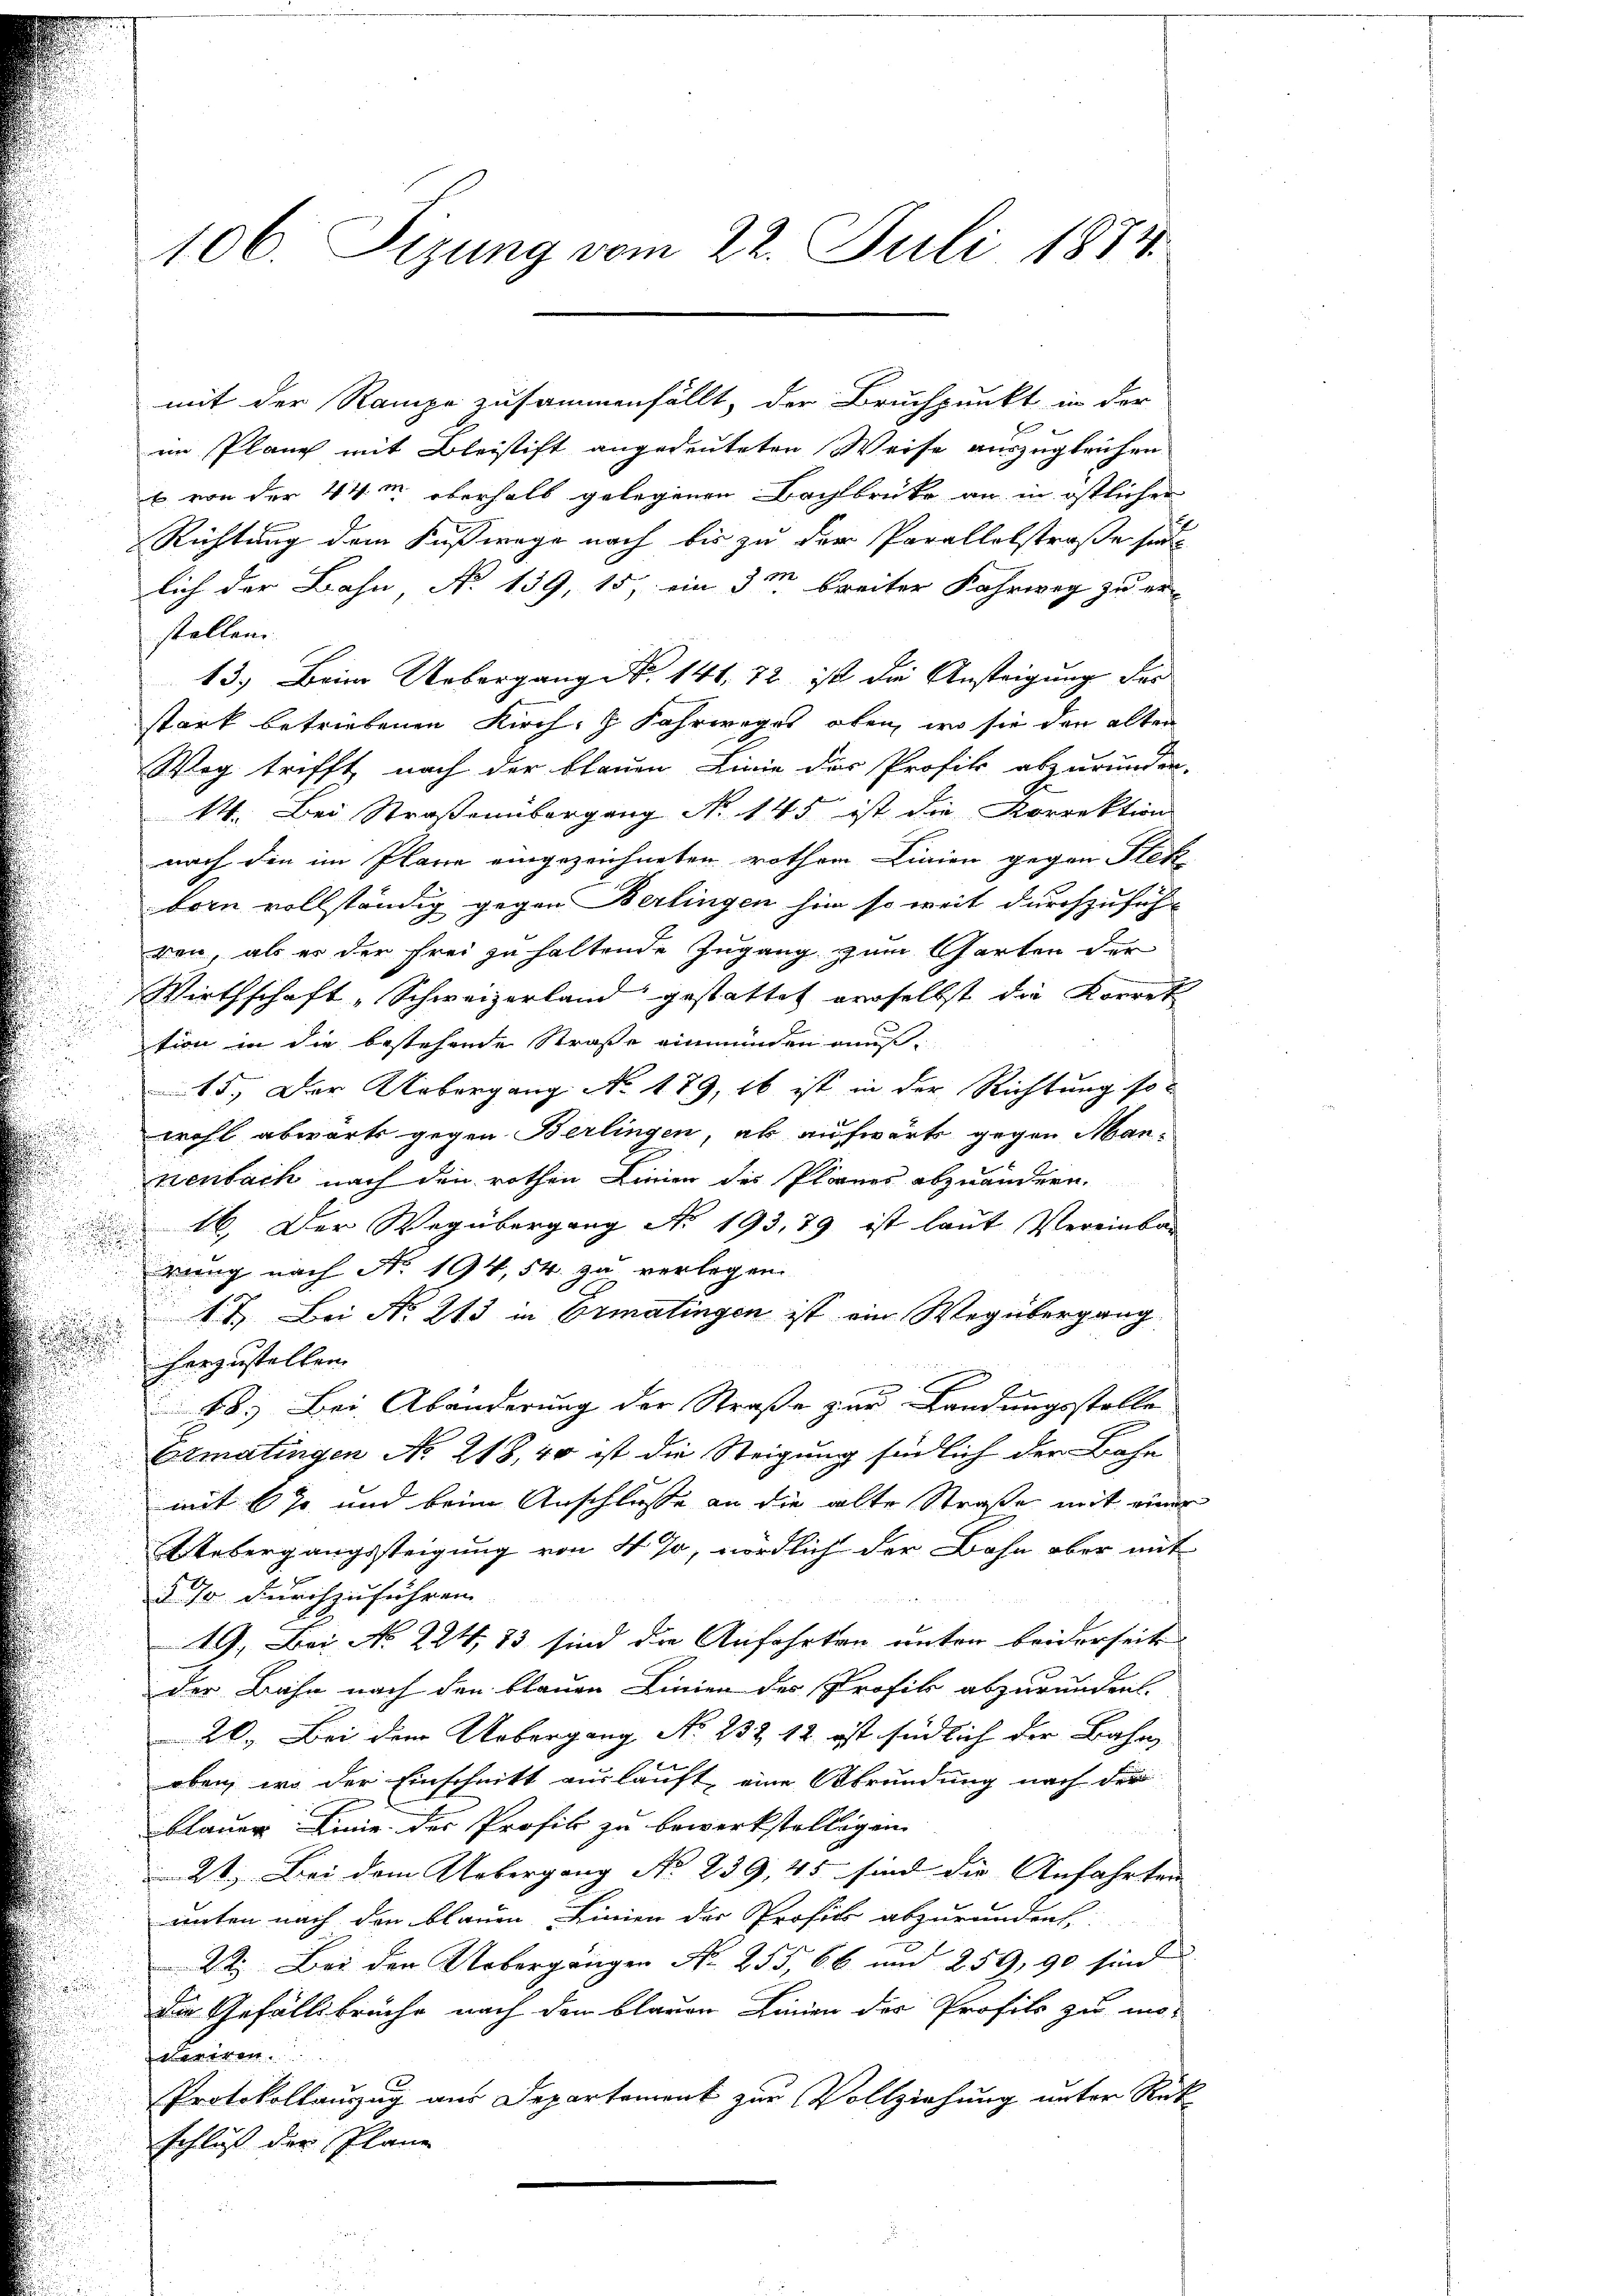
mit der Rampe zusammenfällt, der Bruchpunkt in der
E
im Planz mit Bleistift angedeuteten Weise auszugleichen.
b. von der 44m überhalb gelegenen Bachbrücke an in östlichen
Richtung dem Fußwege nach bis zu der Parallelstraße sei
lich der Bahn, No 139, 15, ein 3 m breiter Fahrweg zu er-
stellen.
13.) Beim Uebergang No 141, 72 ist die Ansteigung der
stark betriebenen Kirch, z. Fahrweges oben, wo sie den alten
Weg trifft, nach der blauen Linie der Profik abzurunden.
14. Bei Straßenübergang No 145 ist die Korrektion
nach die im Plane eingezeichneten rothen Linien gegen Flek-
born vollständig gegen Berlingen hier so weit durchzuführ
ren, als es der frei zu haltende Zugang zum Garten der
Wirthschaft „Schweizerland gestattet derselbst die Korrek
tion in die bestehende Straße einmünden muß¬
15. Der Uebergang No. 179, 16 ist in der Richtung so
wohl abwärts gegen Berlingen, ab aufwärts gegen Man-
nenbach nach den rothen Linien des Planes abzuändern.
16. Der Wegübergang No 193, 39 ist laut Vereinbau
.
rung nach No. 194, 54. zu verlegen.
1 J. Bei No 213 in Ermatingen ist ein Wegübergang
herzustellen.
.
18.) Bei Abänderung der Straße zur Landungsstelle
Ermatingen No 218, 40 ist die Steigung südlich der Bahn
mit 6 % und beim Anschlusse an die alte Straße mit einer
Uebergangssteigung von 4 %, nördlich der Bahn aber mit
§ 70 durchzuführen.
49. Bei No 224, 13 sind die Anfahrten unter beiderseits
der Bahn nach den blauen Linien des Profik abzurunden.
20. Bei dem Uebergang No. 232 12 ist südlich der Bahn,
oben, wo der Einschnitt auslauft, eine Abründung nach der
blauer Linie des Profik zu bewerkstelligen
21.) Bei dem Uebergang No. 239, 45 sind die Anfahrten |
unten nach den blauen Linien der Profik abzurundent
22. Bei den Uebergangen Nr. 255, 66 und 259, 90 sind
die Gefällsbrüche nach dem blauen Linien der Profils zu mo-
eriren.
Protokollanzug aus Departement zur Vollziehung unter Rat
schluß der Plane

106. Sizung vom 22. Juli 1874.